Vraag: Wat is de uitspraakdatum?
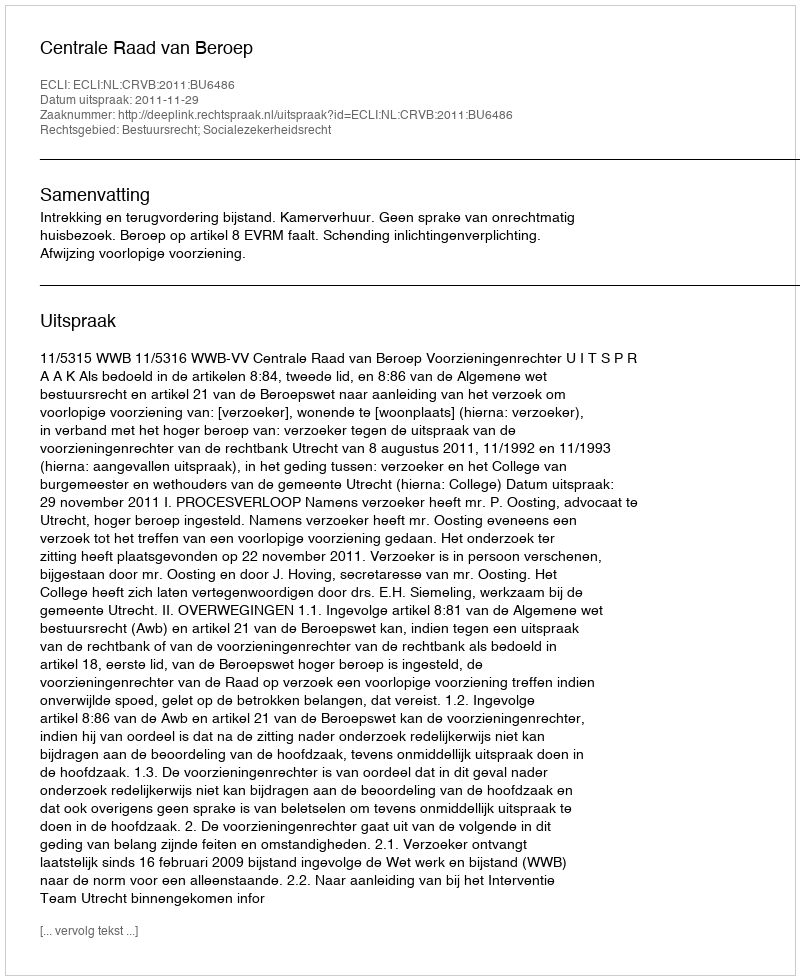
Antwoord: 2011-11-29